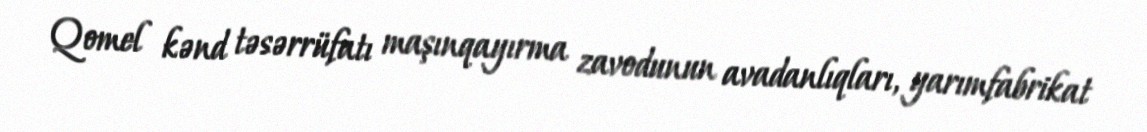
Qomel kənd təsərrüfatı maşınqayırma zavodunun avadanlıqları, yarımfabrikat